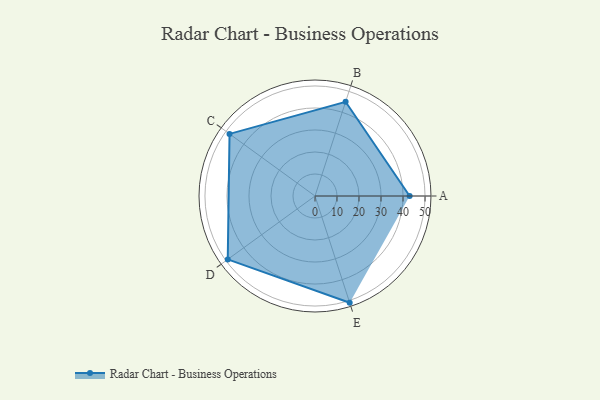
{"axis": {"x": "Skill", "y": "Score"}, "legend": ["Profile"], "data": [{"x": "A", "y": 43.0, "type": "Profile"}, {"x": "B", "y": 45.0, "type": "Profile"}, {"x": "C", "y": 48.0, "type": "Profile"}, {"x": "D", "y": 49.0, "type": "Profile"}, {"x": "E", "y": 51.0, "type": "Profile"}]}